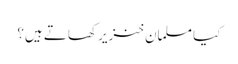
کیا مسلمان خنزیر کھاتے ہیں؟